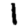
Digit: 1